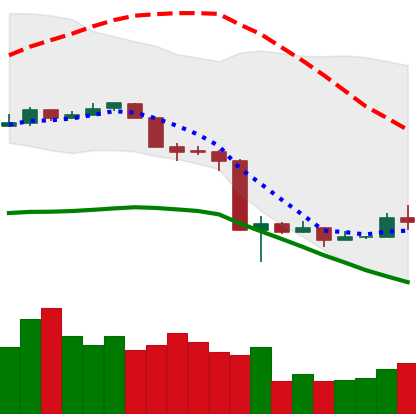
Ticker: NEO-USD
Chart end date: 2020-03-20
Forward return: 10.361%
Label: up_7plus